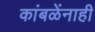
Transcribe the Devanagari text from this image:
कांबळेंनाही